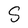
Character: S